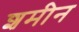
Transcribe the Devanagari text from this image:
शमीन